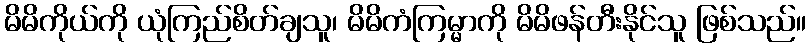
မိမိကိုယ်ကို ယုံကြည်စိတ်ချသူ၊ မိမိကံကြမ္မာကို မိမိဖန်တီးနိုင်သူ ဖြစ်သည်။